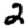
Digit: 2